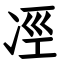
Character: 𠗊